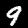
Digit: 9